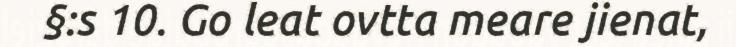
§:s 10. Go leat ovtta meare jienat,